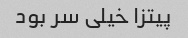
پیتزا خیلی سر بود